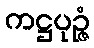
ကဋ္ဌပုဉ္ဇံ